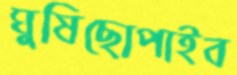
ঘুষিছোপাইব